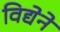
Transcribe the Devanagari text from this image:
विद्येने